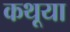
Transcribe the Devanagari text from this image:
कथूया